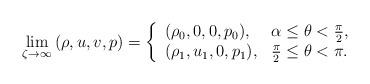
LaTeX: \begin{align*} \lim_{{\zeta} \to \infty}{(\rho, u, v, p)} = \left\{ \begin{array}{l l} {(\rho_0, 0, 0, p_0)}, & {\alpha}\leq{\theta}<{\frac{\pi}{2}},\\{(\rho_1, u_1, 0, p_1)}, & {\frac{\pi}{2}}\leq\theta<{\pi}.\\\end{array} \right.\end{align*}